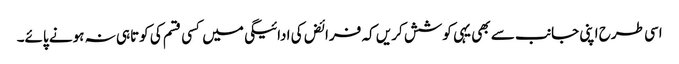
اسی طرح اپنی جانب سے بھی یہی کوشش کریں کہ فرائض کی ادائیگی میں کسی قسم کی کوتاہی نہ ہونے پائے۔